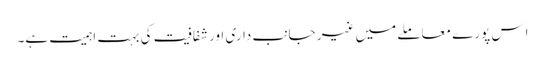
اِس پورے معاملے میں غیر جانب داری اور شفافیت کی بہت اہمیت ہے۔